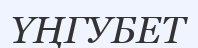
ҮҢГУБЕТ